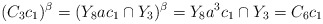
\begin{align*}(C_3c_1)^{\beta}=(Y_8ac_1\cap Y_3)^{\beta}=Y_8a^3c_1\cap Y_3=C_6c_1\end{align*}